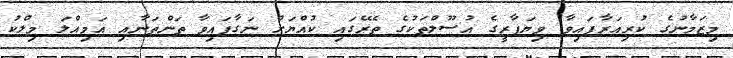
މިޒަމާނުގެ ކުރިއަރާފައިވާ ވިޔަފާރީގެ އުސޫލްތަކުގެ ތެރޭގައި ކުއްޔަށް ނަގާފައިވާ ތަންތަނާއި އަމިއްލަ މިލްކު